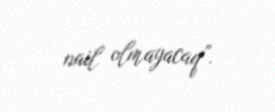
nail olmayacaq”.